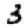
Digit: 3